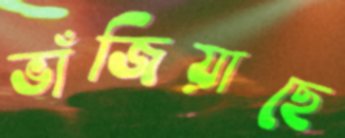
ভাঁজিয়াছে